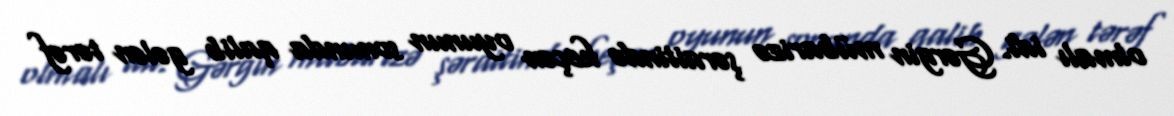
olmalı idi. Gərgin mübarizə şəraitində keçən oyunun sonunda qalib gələn tərəf